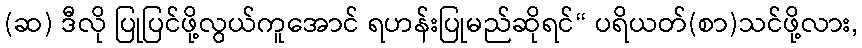
(ဆ) ဒီလို ပြုပြင်ဖို့လွယ်ကူအောင် ရဟန်းပြုမည်ဆိုရင်“ ပရိယတ်(စာ)သင်ဖို့လား,